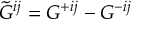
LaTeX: u _ { n } ( z ) = \sqrt { \frac { 2 } { L } } \cos ( \frac { n \pi z } { L } ) \, \, \, n = 1 , 2 , \cdots \; .